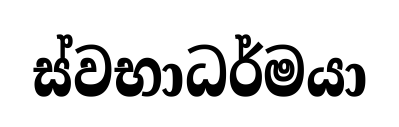
ස්වභාධර්මයා